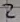
Text: 2